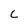
Character: C